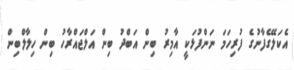
އެކަލޭގެފާނުގެ ފުރިހަމަ ނަންފުޅަކީ އާމިރު ބިން އަބްދު ބިން އަލްޖައްރާހު ބިން ހިލާލްބިން